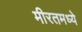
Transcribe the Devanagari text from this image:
मीरतमध्ये